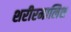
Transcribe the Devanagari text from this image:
शरीरमालिश